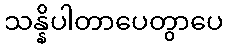
သန္နိပါတာပေတွာပေ